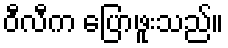
ဝီလီက ပြောဖူးသည်။